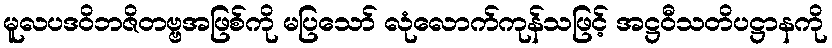
မူလပဒဝိဘဇိတဗ္ဗအဖြစ်ကို မပြသော် လုံလောက်ကုန်သဖြင့် အဋ္ဌဝီသတိပဋ္ဌာနကို